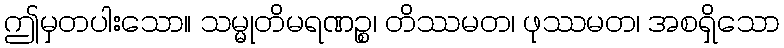
ဤမှတပါးသော။ သမ္မုတိမရဏဉ္စ၊ တိဿမတ၊ ဖုဿမတ၊ အစရှိသော